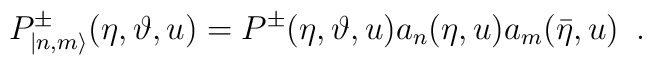
P^{\pm }_{|n,m\rangle }(\eta ,\vartheta ,u)=P^{\pm }(\eta ,\vartheta,u)a_{n}(\eta ,u)a_{m}(\bar{\eta },u)\, \, \, .